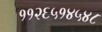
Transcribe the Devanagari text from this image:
११२६५१४५४८